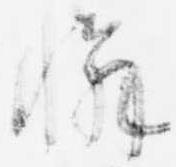
懈